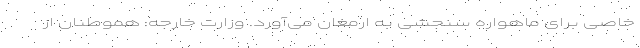
خاصی برای ماهواره سنجشی به ارمغان می‌آورد. وزارت خارجه: هموطنان از